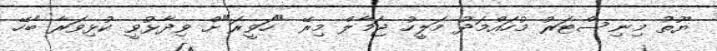
ޔޫތު މިނިސްޓަރު މުހައްމަދު މަލީހު ޖަމާލް މިރޭ "ހަވީރަ"ށް ވިދާޅުވީ ކުޅިވަރާ ބެހޭ